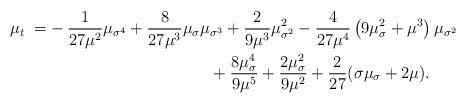
LaTeX: \begin{align*} \mu_t\;=&-\frac{1}{27\mu^2}\mu_{\sigma^4}+\frac{8}{27\mu^3}\mu_{\sigma}\mu_{\sigma^3}+\frac{2}{9\mu^3}\mu_{\sigma^2}^2-\frac{4}{27\mu^4}\left(9\mu_{\sigma}^2+\mu^3\right)\mu_{\sigma^2}\\ &\qquad\qquad\qquad\qquad\qquad+\frac{8\mu_{\sigma}^4}{9\mu^5}+\frac{2\mu_{\sigma}^2}{9\mu^2}+\frac{2}{27}(\sigma\mu_{\sigma}+2\mu). \end{align*}